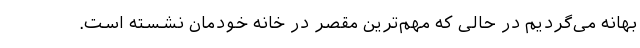
بهانه می‌گردیم در حالی که مهم‌ترین مقصر در خانه خودمان نشسته است.